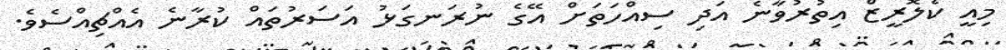
މިއީ ކެލޮރީޒް އިތުރުވާނެ އަދި ސިއްހަތަށް އޭގެ ނުރަނގަޅު އަސަރުތައް ކުރާނެ އެއްޗިއްސެވެ.